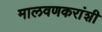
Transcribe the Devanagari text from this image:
मालवणकरांशी